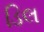
ડિલ